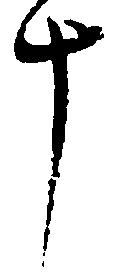
斗